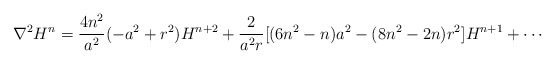
\begin{align*}\nabla^2 H^n=\frac{4 n^2}{a^2}(-a^2 +r^2) H^{n+2}+\frac{2}{a^2 r}[(6 n^2-n)a^2-(8n^2-2n)r^2] H^{n+1}+\cdots\end{align*}